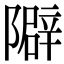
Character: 隦